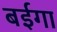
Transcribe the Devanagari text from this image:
बईगा